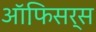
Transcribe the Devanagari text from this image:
ऑफि़सर्स